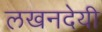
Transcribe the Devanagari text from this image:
लखनदेयी